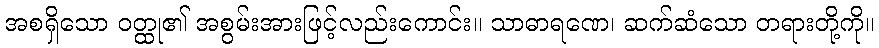
အစရှိသော ဝတ္ထု၏ အစွမ်းအားဖြင့်လည်းကောင်း။ သာဓာရဏေ၊ ဆက်ဆံသော တရားတို့ကို။